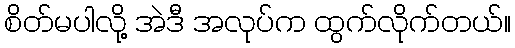
စိတ်မပါလို့ အဲဒီ အလုပ်က ထွက်လိုက်တယ်။